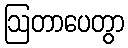
ဩတာပေတွာ